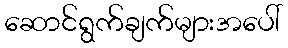
ဆောင်ရွက်ချက်များအပေါ်